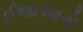
ઈજાઆવો